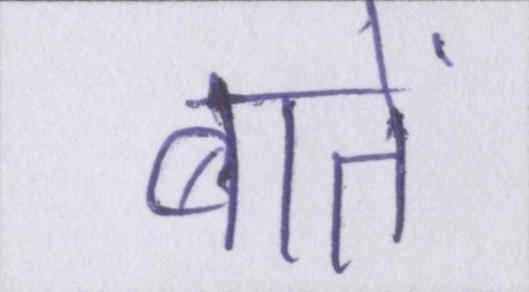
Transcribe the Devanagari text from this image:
बातें